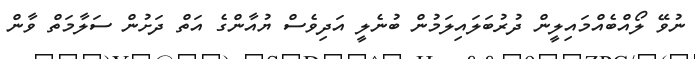
ނުވޭ ލޯއްބެއްމައިލީން ދުރުބަލައިލަމުން ބުނެލީ އަދިވެސް ޔުއާންގެ އަތް ދަށުން ސަލާމަތް ވާން